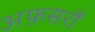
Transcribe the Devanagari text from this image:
अफ़सरौं